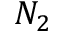
N _ { 2 }